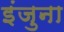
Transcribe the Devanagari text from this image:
इंजुना